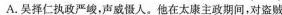
A.吴择仁执政严峻，声威慑人。他在太康主政期间，对盗贼